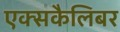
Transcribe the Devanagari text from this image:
एक्सकैलिबर